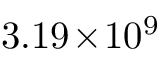
3 . 1 9 \! \times \! 1 0 ^ { 9 }